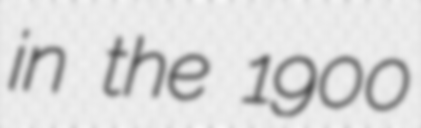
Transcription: in the 1900